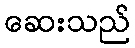
ဆေးသည်